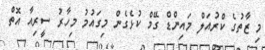
މި ޒާތުގެ ކްރުއަލް މައިންޑް ގޭމް ކުޅެގެން މިގައުމު މިހާރު ސީރިއާ އޮތް